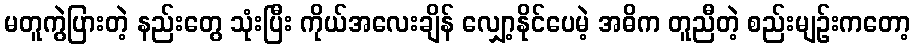
မတူကွဲပြားတဲ့ နည်းတွေ သုံးပြီး ကိုယ်အလေးချိန် လျှော့နိုင်ပေမဲ့ အဓိက တူညီတဲ့ စည်းမျဉ်းကတော့